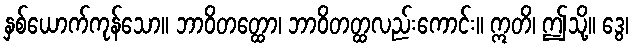
နှစ်ယောက်ကုန်သော။ ဘာဝိတတ္ထော၊ ဘာဝိတတ္ထလည်းကောင်း။ ဣတိ၊ ဤသို့။ ဒွေ၊